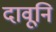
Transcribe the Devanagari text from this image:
दावूनि